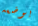
بوضعه